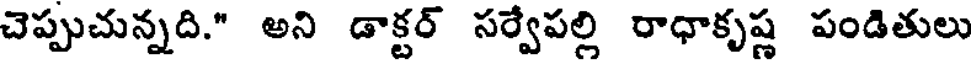
చెప్పుచున్నది." అని డాక్టర్ సర్వేపల్లి రాధాకృష్ణ పండితులు